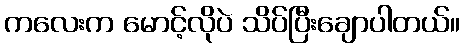
ကလေးက မောင့်လိုပဲ သိပ်ပြီးချောပါတယ်။